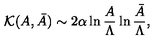
{ \cal K } ( A , \bar { A } ) \sim 2 \alpha \ln { \frac { A } { \Lambda } } \ln { \frac { \bar { A } } { \Lambda } } ,